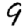
Digit: 9